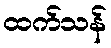
ထက်သန်